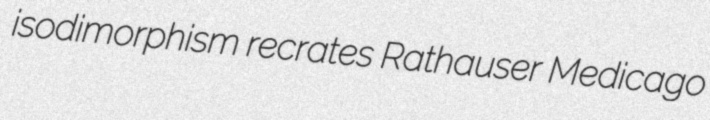
isodimorphism recrates Rathauser Medicago